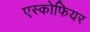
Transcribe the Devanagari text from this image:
एस्कोफियर